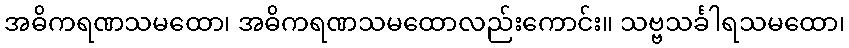
အဓိကရဏသမထော၊ အဓိကရဏသမထောလည်းကောင်း။ သဗ္ဗသင်္ခါရသမထော၊